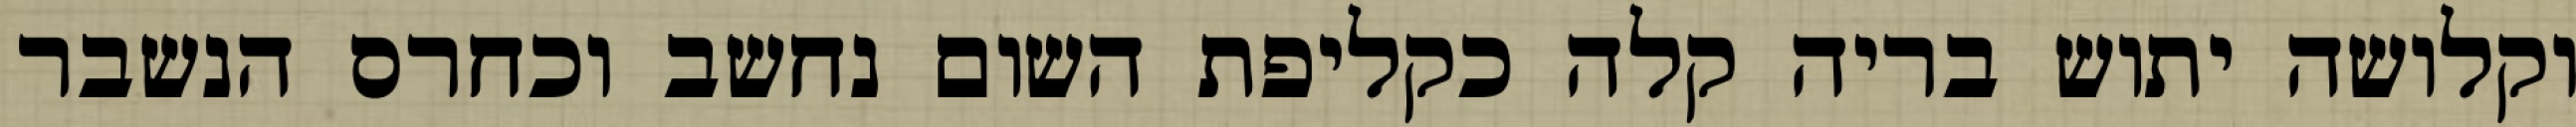
וקלושה יתוש בריה קלה כקליפת השום נחשב וכחרס הנשבר